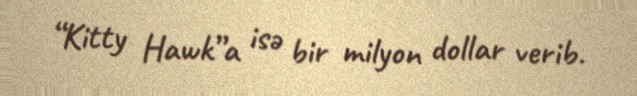
“Kitty Hawk”a isə bir milyon dollar verib.